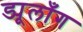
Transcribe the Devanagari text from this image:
ड्यूलाँग